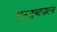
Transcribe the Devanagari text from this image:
गुन्टूकाल